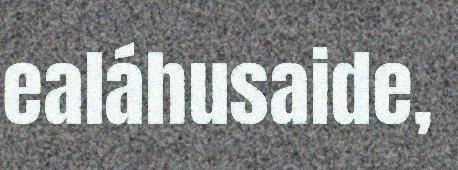
ealáhusaide,